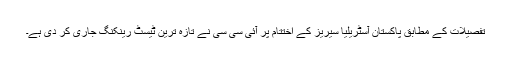
تفصیلات کے مطابق پاکستان آسٹریلیا سیریز کے اختتام پر آئی سی سی نے تازہ ترین ٹیسٹ رینکنگ جاری کر دی ہے۔